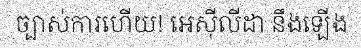
ច្បាស់ការហើយ! អេស៊ីលីដា នឹងឡើង